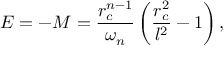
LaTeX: E = - M = \frac { r _ { c } ^ { n - 1 } } { \omega _ { n } } \left( \frac { r _ { c } ^ { 2 } } { l ^ { 2 } } - 1 \right) ,